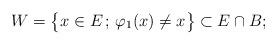
LaTeX: \begin{align*} W = \big\{ x\in E \, ; \, \varphi_1(x) \neq x \big \} \subset E \cap B;\end{align*}